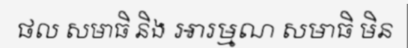
ផល សមាធិ និង ឤរម្មណ សមាធិ មិន